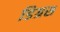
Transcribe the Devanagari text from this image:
डिग्रस